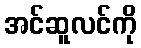
အင်ဆူလင်ကို